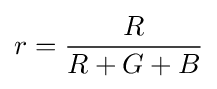
r={\frac {R}{R+G+B}}